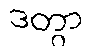
ဒတွာ